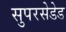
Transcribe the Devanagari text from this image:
सुपरसेडेड